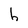
Character: h